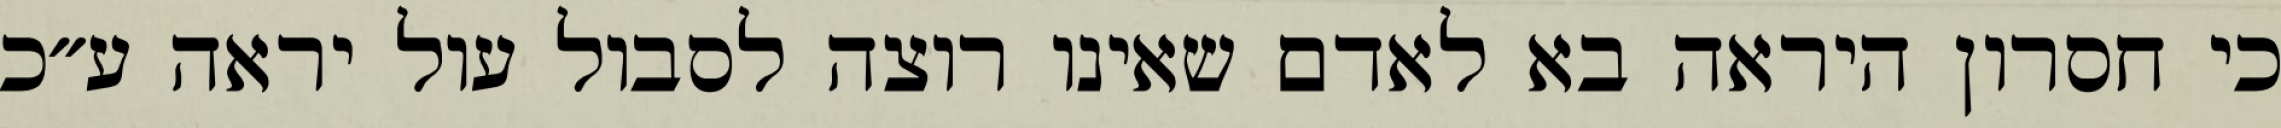
כי חסרון היראה בא לאדם שאינו רוצה לסבול עול יראה ע״כ